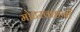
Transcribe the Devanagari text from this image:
मोटरवाहनों